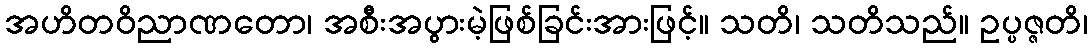
အဟိတဝိညာဏတော၊ အစီးအပွားမဲ့ဖြစ်ခြင်းအားဖြင့်။ သတိ၊ သတိသည်။ ဥပ္ပဇ္ဇတိ၊